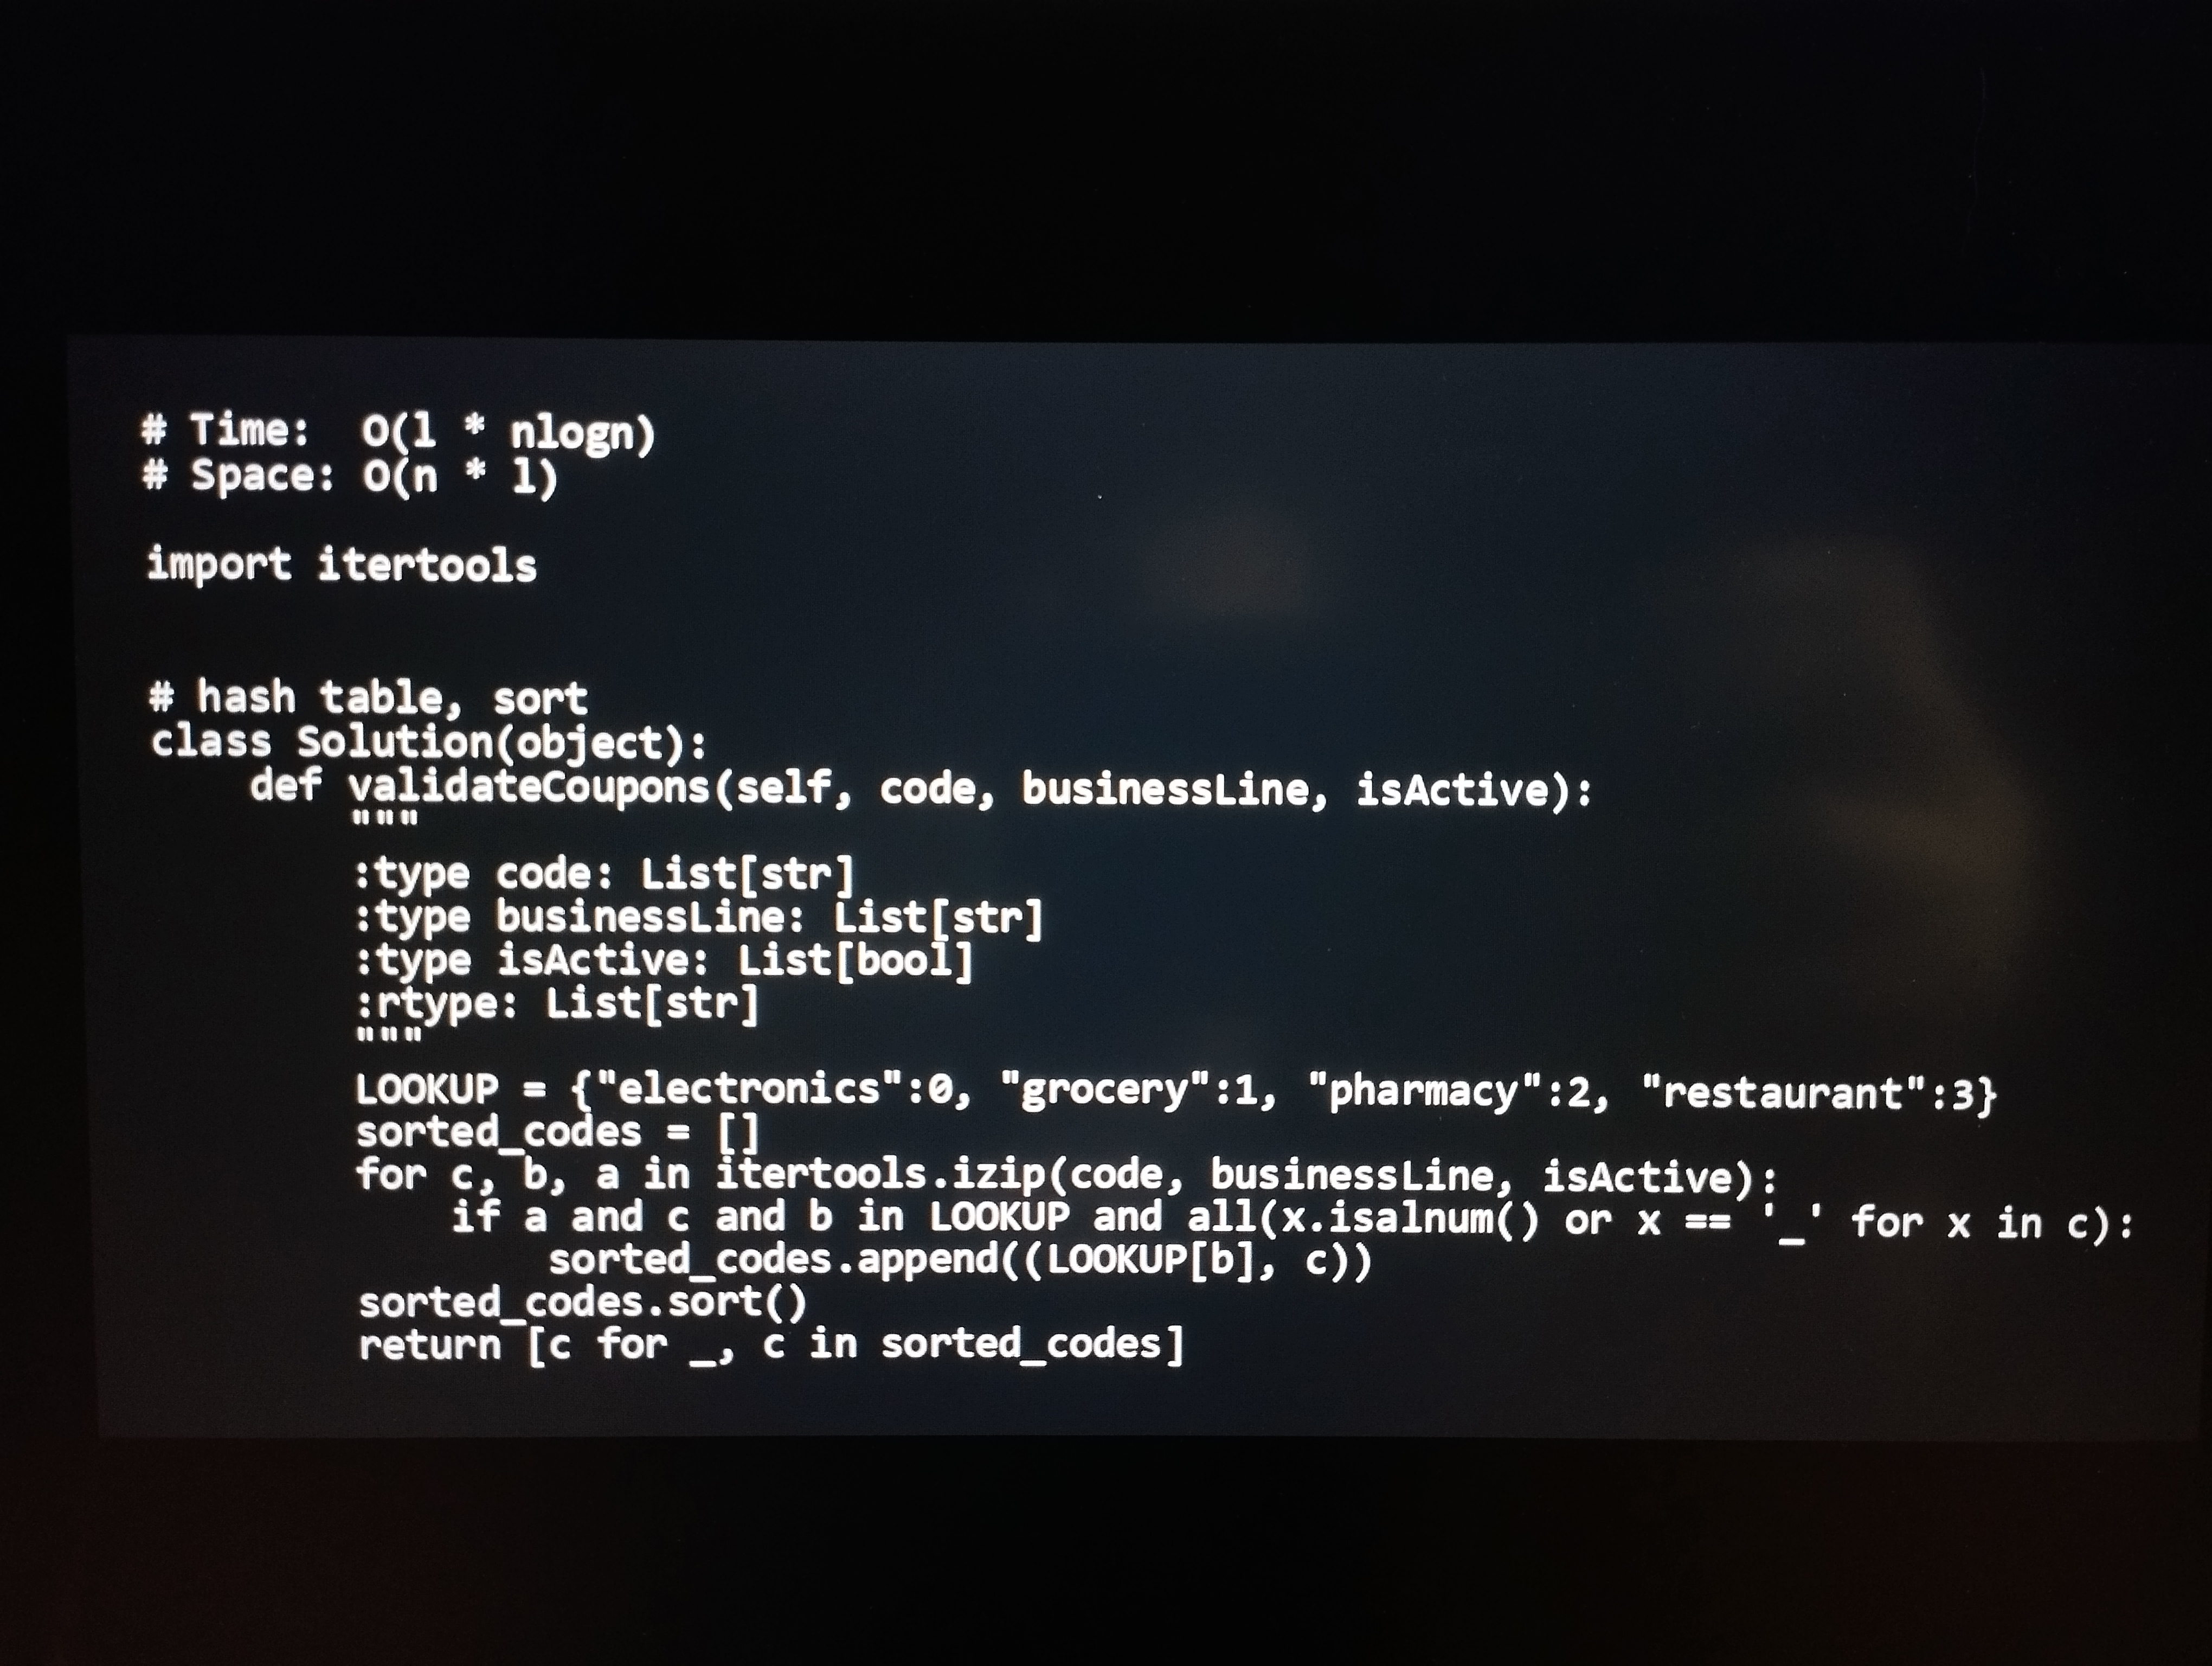
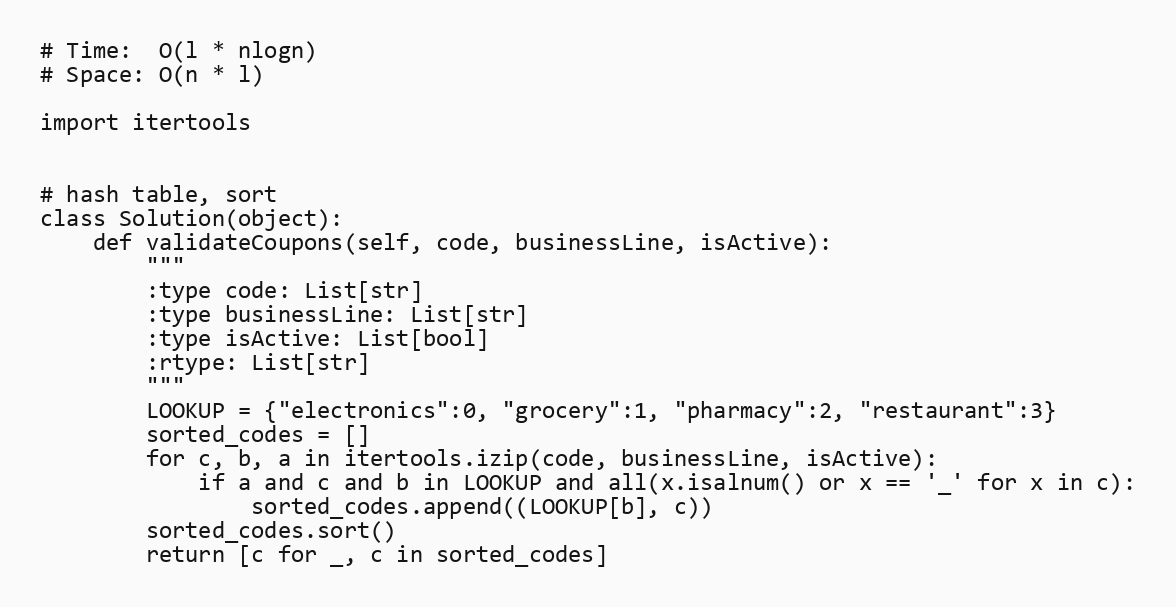
# Time:  O(l * nlogn)
# Space: O(n * l)

import itertools

# hash table, sort
class Solution(object):
    def validateCoupons(self, code, businessLine, isActive):
        """
        :type code: List[str]
        :type businessLine: List[str]
        :type isActive: List[bool]
        :rtype: List[str]
        """
        LOOKUP = {"electronics":0, "grocery":1, "pharmacy":2, "restaurant":3}
        sorted_codes = []
        for c, b, a in itertools.izip(code, businessLine, isActive):
            if a and c and b in LOOKUP and all(x.isalnum() or x == '_' for x in c):
                sorted_codes.append((LOOKUP[b], c))
        sorted_codes.sort()
        return [c for _, c in sorted_codes]